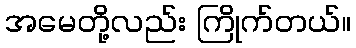
အမေတို့လည်း ကြိုက်တယ်။